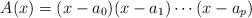
LaTeX: \begin{align*}A(x)=(x-a_0)(x-a_1)\cdots (x-a_p)\end{align*}